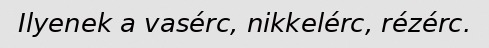
Ilyenek a vasérc, nikkelérc, rézérc.